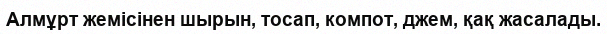
Алмұрт жемісінен шырын, тосап, компот, джем, қақ жасалады.